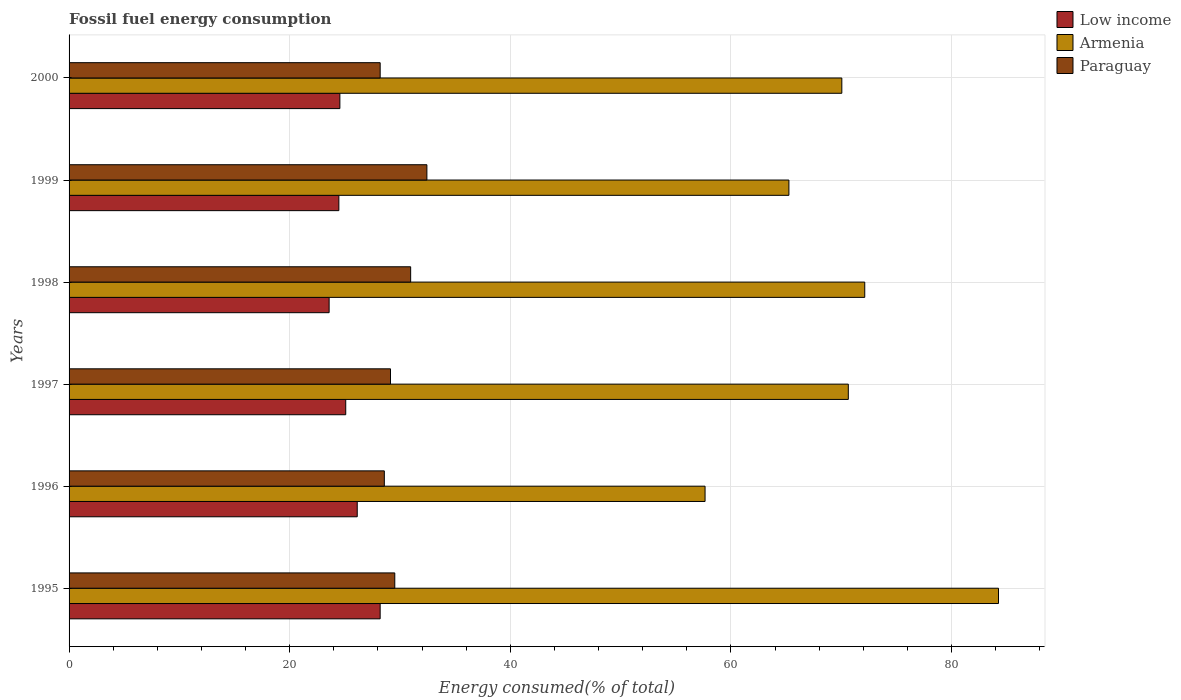
| Years | Low income | Armenia | Paraguay |
 | --- | --- | --- | --- |
 | 1995 | 28.2 | 84.3 | 29.5 |
 | 1996 | 26.1 | 57.7 | 28.6 |
 | 1997 | 25.1 | 70.6 | 29.1 |
 | 1998 | 23.6 | 72.1 | 31 |
 | 1999 | 24.5 | 65.3 | 32.4 |
 | 2000 | 24.5 | 70 | 28.2 |